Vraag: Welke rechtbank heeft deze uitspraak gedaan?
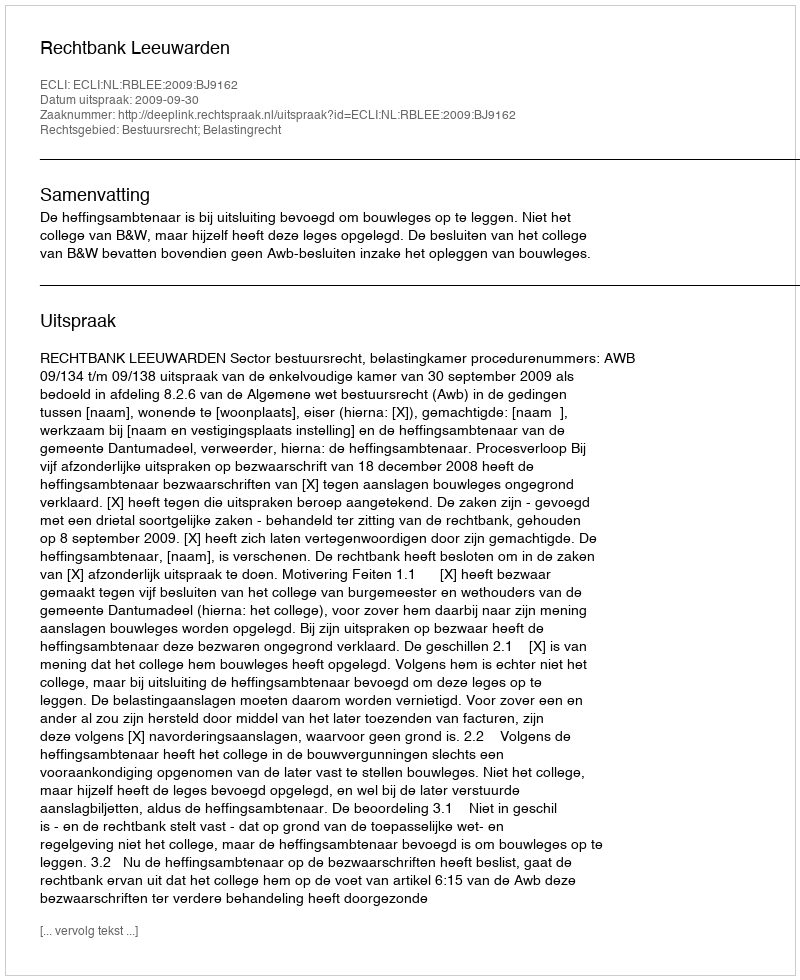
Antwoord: Rechtbank Leeuwarden